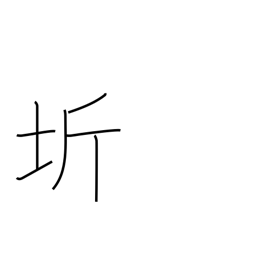
Meaning: region surrounding the capital